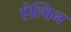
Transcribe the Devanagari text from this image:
ऐल्विन